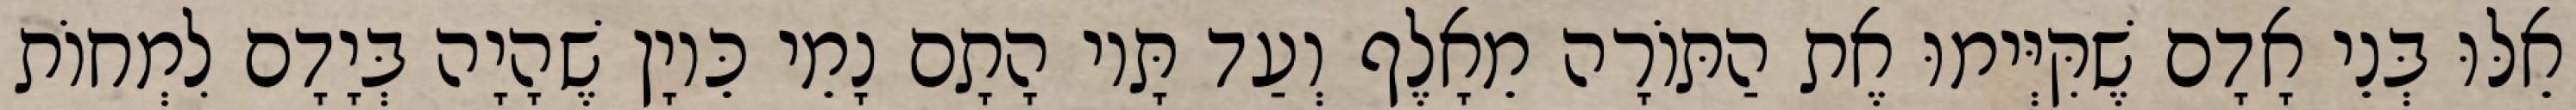
אֵלּוּ בְּנֵי אָדָם שֶׁקִּיְּימוּ אֶת הַתּוֹרָה מֵאָלֶף וְעַד תָּיו הָתָם נָמֵי כֵּיוָן שֶׁהָיָה בְּיָדָם לִמְחוֹת